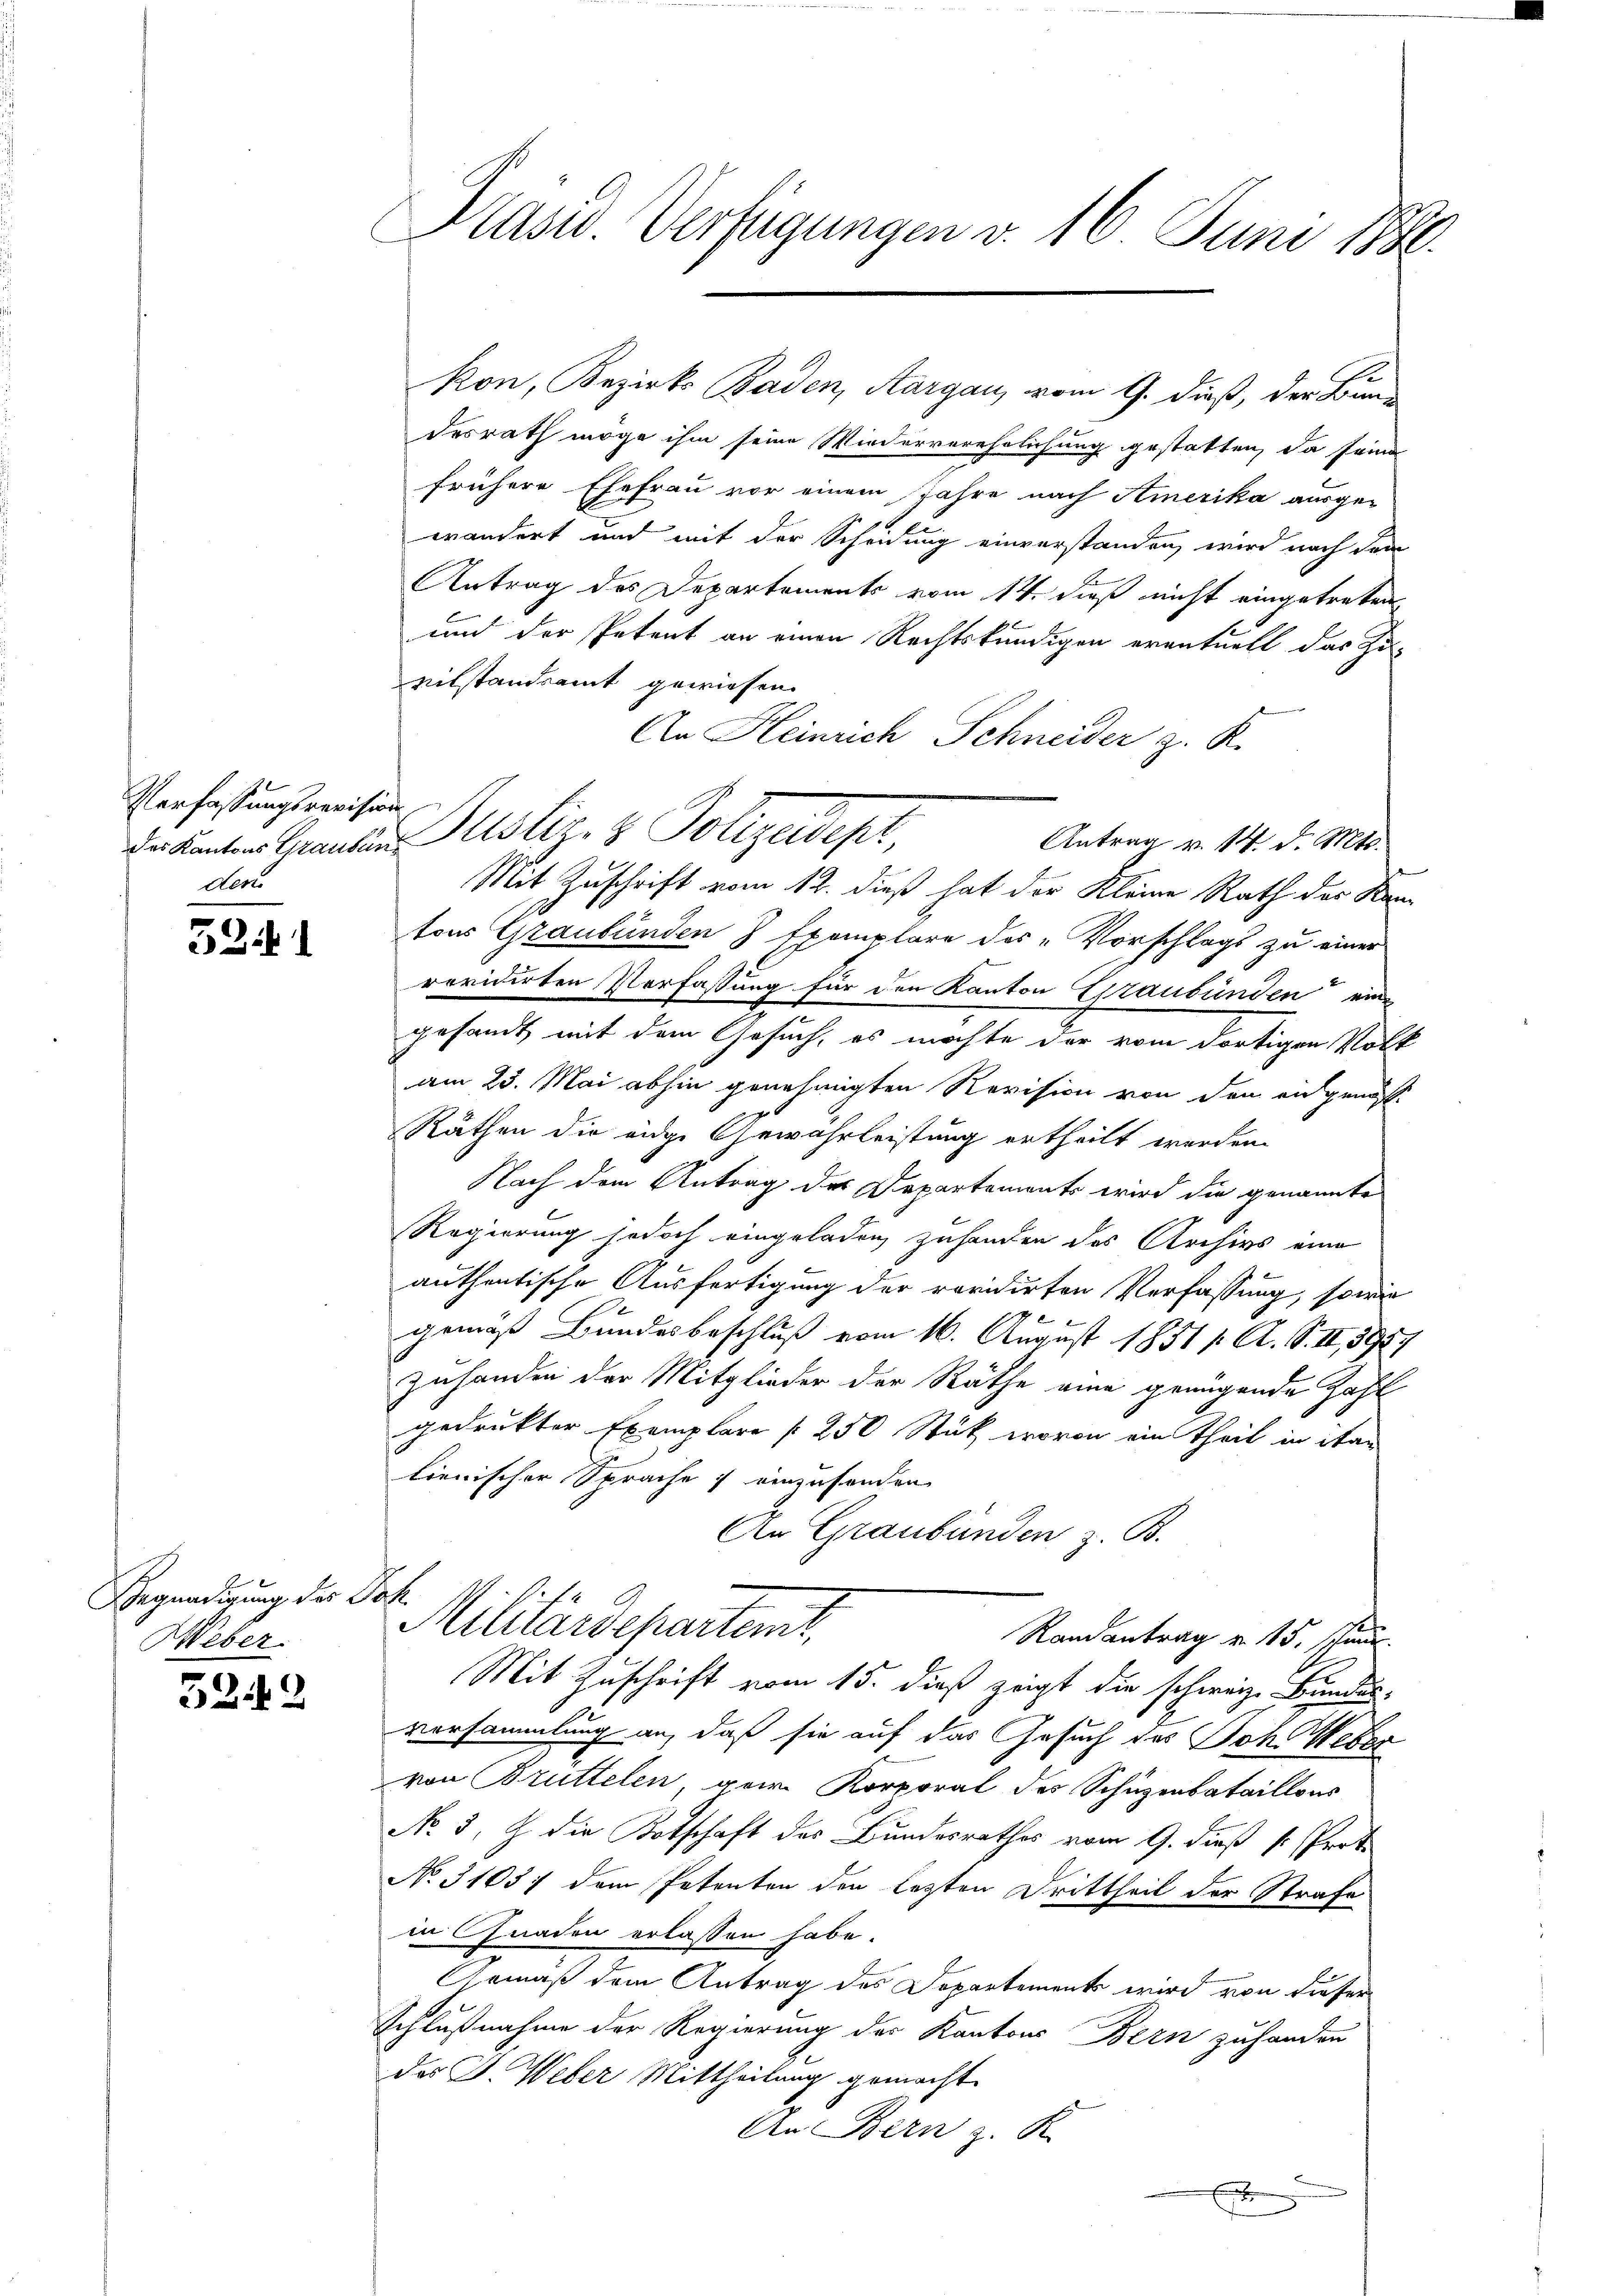
Verfassungsrevision
der

5241

Begnadigung des
Weber

5242

Präsid. Verfügungen v. 16. Juni 1886.

desrath möge ihm seine Wiederverehrlichung gestatten, da seine
frühere Ehefrau vor einem Jahre nach Amerika ausge-
wändert und mit der Scheidung einverstanden, wird nach dem
Antrag des Departements vom 14. dieß nicht eingetreten,
und der Petent an einen Rechtskundigen eventuell das Zu-
vilstandsamt gewiesen.
An Heinrich Schneider z. K.
Mit Zuschrift vom 12. dieß hat der Kleine Rath der Kamtons Graubünden 7 Exemplare des Vorschlags zu einer
revidirten Verfassung für den Kanton Graubünden eine
gesandt mit dem Gesuch, es möchte der vom dortigen Volk
am 23. Mai abhin genehmigten Revision von den angenössi
Räthen die eidge Gewährleistung ertheilt werden.
Nach dem Antrag des Departements wird die genannte
Regierung jedoch eingeladen zuhanden des Archivs eine
authentische Ausfertigung der revidirten Verfassung, sowie
gemäß Bundesbeschluß vom 16. August 1851 / A. S. II., 3959
zuhanden der Mitglieder der Räthe eine genügende Zahl
gedrukter Exemplare 250 Stück, wovon ein theil in dan
lienischer Sprache u einzusenden
An Graubünden z. B.
at
Militärdepartenit
Randantrag v. 15. schun
Mit Zuschrift vom 15. dieß zeigt die schweiz. Bundes-
vorsammlung an, daß sie auf das Gesuch des Joh. Weber
von Brüttelen gern Korporat des Schüzenbataillons
No 3. J. die Botschaft des Bundesrathes vom 9. dieß k. Prot
No 31657 dem Petenten den lezten Drittheil der Strafe
in Gnaden erlassen habe.
Armäß dem Antrag des Departement wird von dieser
Schlußnahme der Regierung der Kantons Bern zuhanden
das J. Weber Mittheilung gemacht.
An Bern z. K.
F

kon, Bezirks Baden, Aargau, vom 9. dieß, der Bun¬

dranten Granden Justiz- & Polizeipt,

Antrag v. 14. d. Mts.